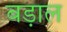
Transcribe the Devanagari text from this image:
बड़ाल